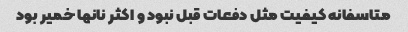
متاسفانه کیفیت مثل دفعات قبل نبود و اکثر نانها خمیر بود